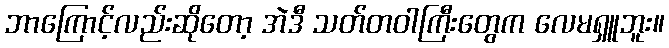
ဘာကြောင့်လည်းဆိုတော့ အဲဒီ သတ်တဝါကြီးတွေက လေမရှူဘူး။